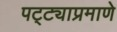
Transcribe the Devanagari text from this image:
पट्ट्याप्रमाणे